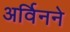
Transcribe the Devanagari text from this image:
अर्विनने